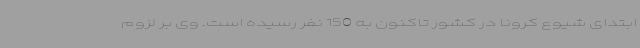
ابتدای شیوع کرونا در کشور تاکنون به 150 نفر رسیده است. وی بر لزوم